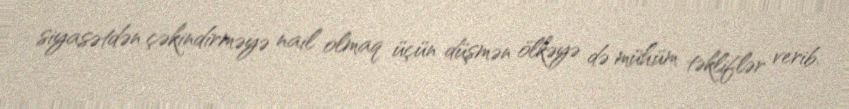
siyasətdən çəkindirməyə nail olmaq üçün düşmən ölkəyə də mühüm təkliflər verib.